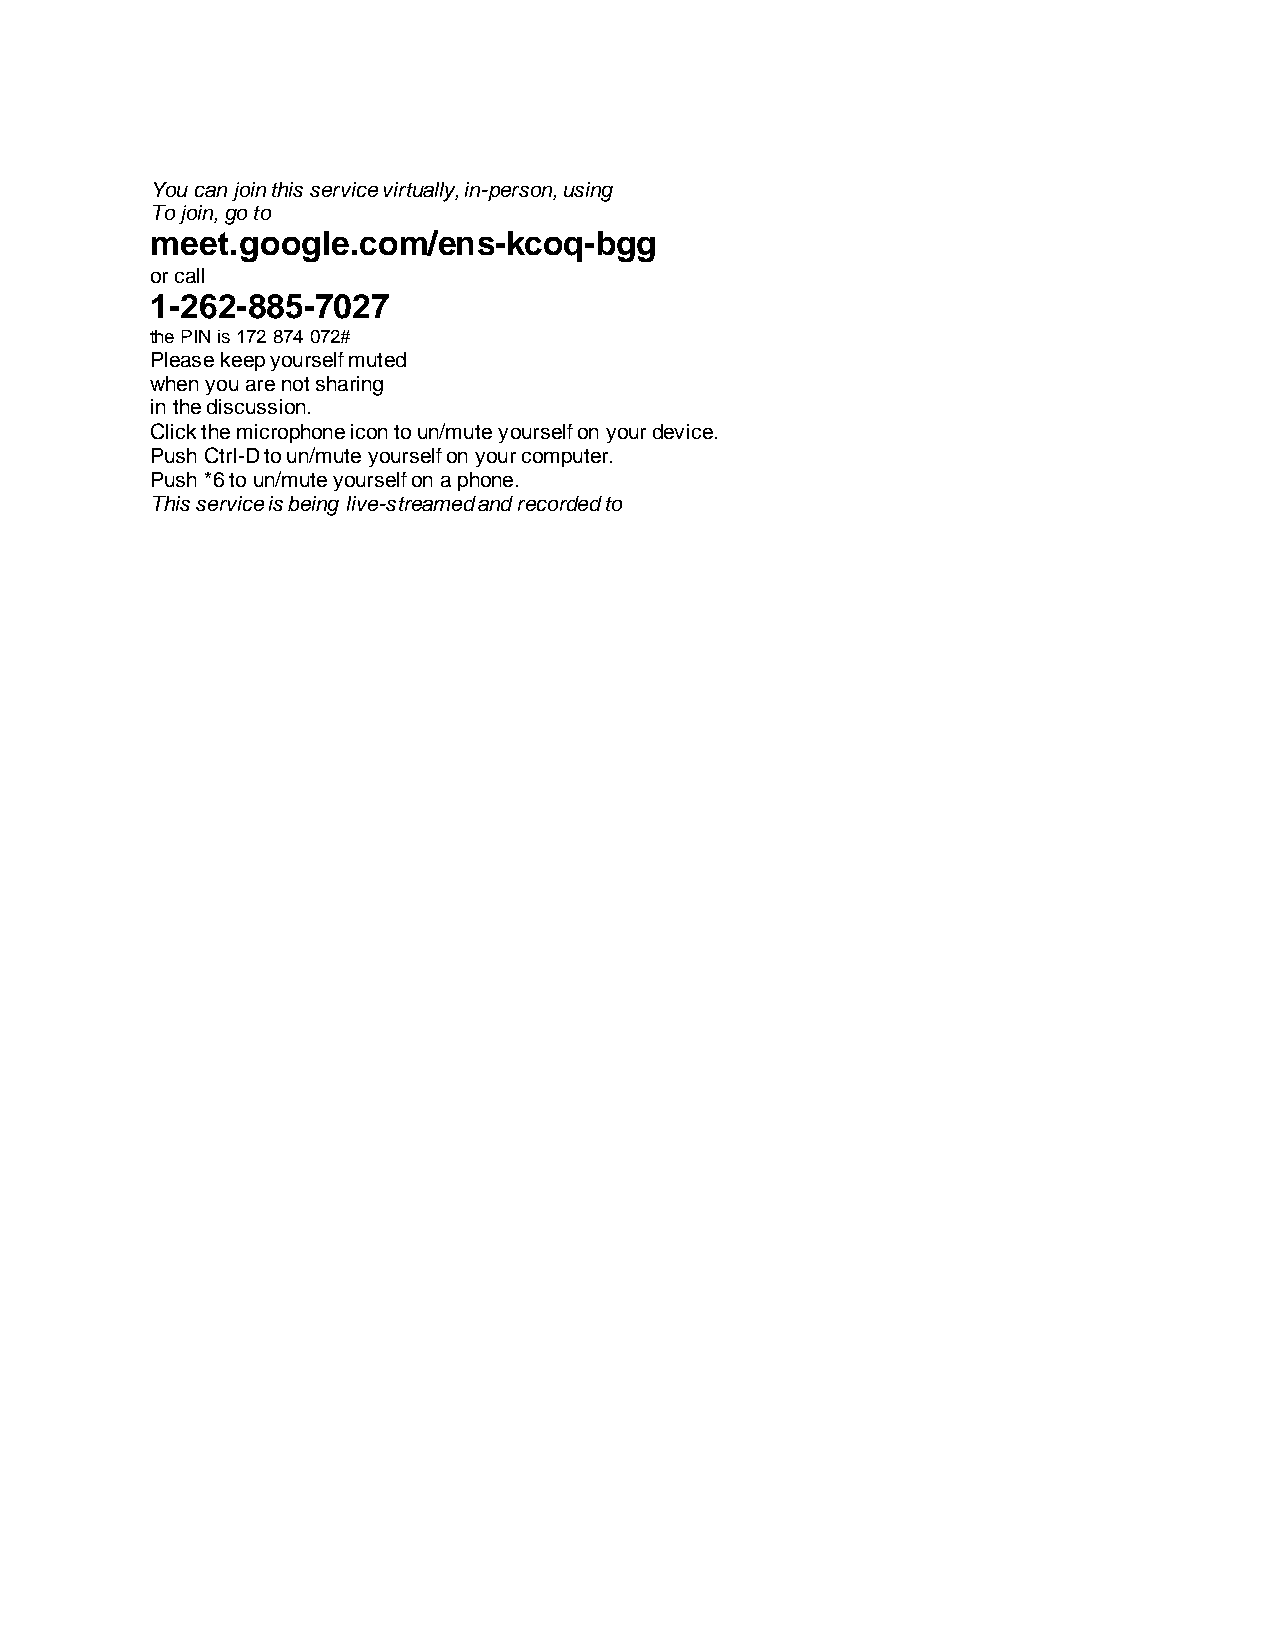
You can join this service virtually, in-person, using
 To join, go to
 meet.google.com/ens-kcoq-bgg
 or call
 1-262-885-7027
 the PIN is 172 874 072#
 Please keep yourself muted
 when you are not sharing
 in the discussion.
 Click the microphone icon to un/mute yourself on your device.
 Push Ctrl-D to un/mute yourself on your computer.
 Push *6 to un/mute yourself on a phone.
 This service is being live-streamed and recorded to